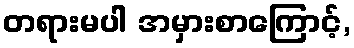
တရားမပါ အမှားစာကြောင့်,